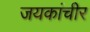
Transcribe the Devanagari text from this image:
जयकांचीर